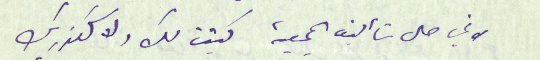
لاني حال تأليف الجمعية كتبت لك ولاسكندر بك